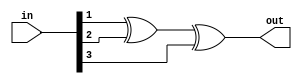
module parity_check(
    input [3:0] in,
    output reg out
);
    integer i;

    always @ (*) begin
        out = 1'b0;
        for (i=1; i<4; i=i+1)
            out = out ^ in[i];
    end
endmodule